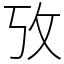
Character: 攷